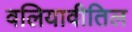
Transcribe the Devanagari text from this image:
वलियावीतिल